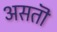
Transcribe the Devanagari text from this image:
असतॊ